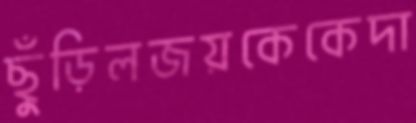
ছুঁড়িলজয়কেকেদা